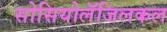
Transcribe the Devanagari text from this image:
सोसियोलॅजिलकल